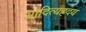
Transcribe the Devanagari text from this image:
आदित्यह्रदय